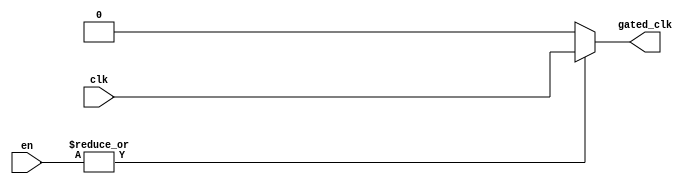
module clock_gating (
    input wire clk,            // Main clock signal
    input wire [N-1:0] en,    // Enable signals (N-bit wide)
    output reg gated_clk       // Gated clock output
);

// Parameter to define the number of enable signals
parameter N = 4; // Adjust this value based on the number of enable signals used

always @(*) begin
    // Gated clock logic: ORing the enable signals
    if (|en) begin
        gated_clk = clk;      // If any enable signal is high, pass the clock
    end else begin
        gated_clk = 1'b0;     // If all enable signals are low, disable the clock
    end
end

endmodule